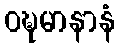
ဝဍ္ဎမာနာနံ